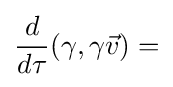
{\frac {d}{d\tau }}(\gamma ,\gamma {\vec {v}})=